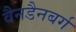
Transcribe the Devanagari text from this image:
वैनडैनबर्ग